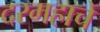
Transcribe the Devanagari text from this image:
दरमहाचे